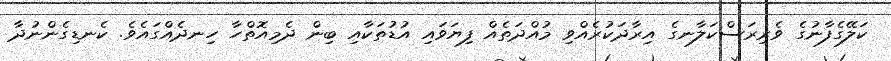
ކަލޭގެފާނުގެ ވެރިރަސްކަލާނގެ އިރާދަކުރެއްވި މުއްދަތެއް ފިޔަވައި އުޑުތަކާއި ބިން ދެމިއޮތްހާ ހިނދެއްގައެވެ. ކެނޑިގެންނުދާ